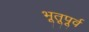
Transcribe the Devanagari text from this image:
भूतूपूर्व